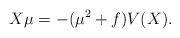
LaTeX: \begin{align*}X\mu=-(\mu^{2} +f)V(X).\end{align*}